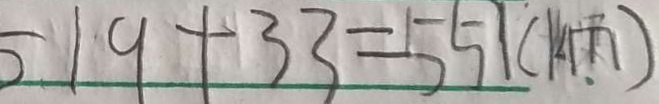
5 1 9 + 3 3 = 5 5 7 ( k m )